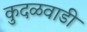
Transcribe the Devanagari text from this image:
कुदळवाडी